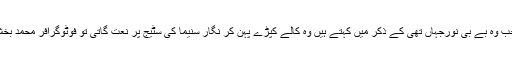
مستری صاحب لاہور میں نورجہاں جب وہ بے بی نورجہاں تھی کے ذکر میں کہتے ہیں وہ کالے کپڑے پہن کر نگار سنیما کی سٹیج پر نعت گاتی تو فوٹوگرافر محمد بخش اس پر لال، نیلی، پیلی لائٹیں مارتا۔